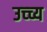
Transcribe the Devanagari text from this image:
उच्च्य